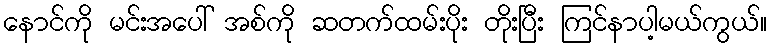
နောင်ကို မင်းအပေါ် အစ်ကို ဆတက်ထမ်းပိုး တိုးပြီး ကြင်နာပါ့မယ်ကွယ်။